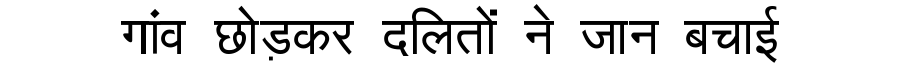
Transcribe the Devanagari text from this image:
गांव छोड़कर दलितों ने जान बचाई